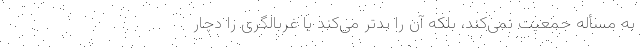
به مسأله جمعیت نمی‌کند، بلکه آن را بدتر می‌کند یا غربالگری را دچار